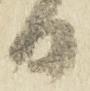
日